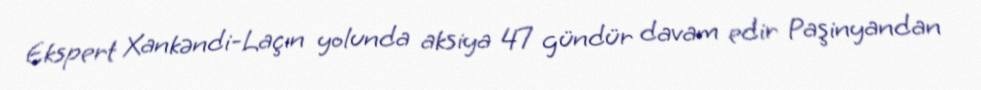
Ekspert Xankəndi-Laçın yolunda aksiya 47 gündür davam edir Paşinyandan